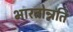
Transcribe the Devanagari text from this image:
भारतोन्नति